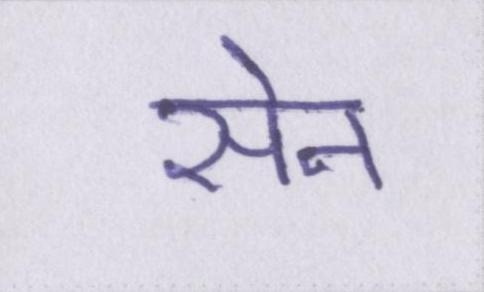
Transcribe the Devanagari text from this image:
सेन